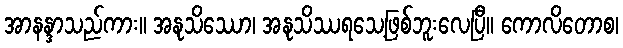
အာနန္ဒာသည်ကား။ အနုသိဿော၊ အနုသိဿရသေ့ဖြစ်ဘူးလေပြီ။ ကောလိတောစ၊